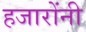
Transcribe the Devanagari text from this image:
हजारोंनी